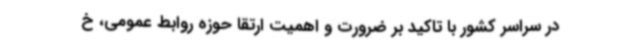
در سراسر کشور با تاکید بر ضرورت و اهمیت ارتقا حوزه روابط عمومی، خ